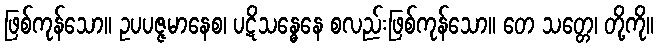
ဖြစ်ကုန်သော။ ဥပပဇ္ဇမာနေစ၊ ပဋိသန္ဓေနေ စလည်းဖြစ်ကုန်သော။ တေ သတ္တေ၊ တို့ကို။